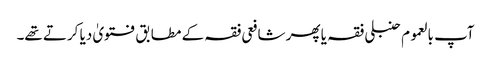
آپ بالعموم حنبلی فقہ یا پھر شافعی فقہ کے مطابق فتویٰ دیا کرتے تھے۔